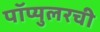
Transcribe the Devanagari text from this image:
पॉप्युलरची